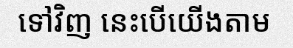
ទៅវិញ នេះបើយើងតាម